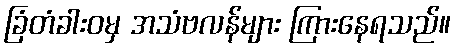
ခြံတံခါးဝမှ အသံဗလန်များ ကြားနေရသည်။